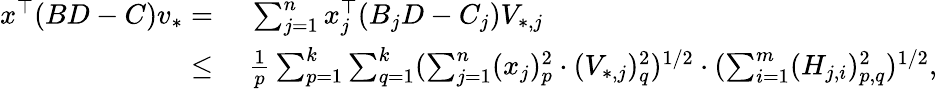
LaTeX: \begin{array}{rl}{x^{\top}(BD-C)v_{*}=}&{~\sum_{j=1}^{n}x_{j}^{\top}(B_{j}D-C_{j})V_{*,j}}\\ {\leq}&{~\frac{1}{p}\sum_{p=1}^{k}\sum_{q=1}^{k}(\sum_{j=1}^{n}(x_{j})_{p}^{2}\cdot(V_{*,j})_{q}^{2})^{1/2}\cdot(\sum_{i=1}^{m}(H_{j,i})_{p,q}^{2})^{1/2},}\end{array}